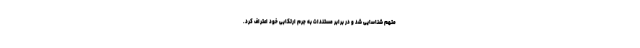
متهم شناسایی شد و در برابر مستندات به جرم ارتکابی خود اعتراف کرد.